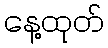
နေ့ထုတ်